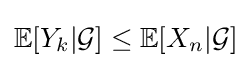
\mathbb {E} [Y_{k}|{\mathcal {G}}]\leq \mathbb {E} [X_{n}|{\mathcal {G}}]